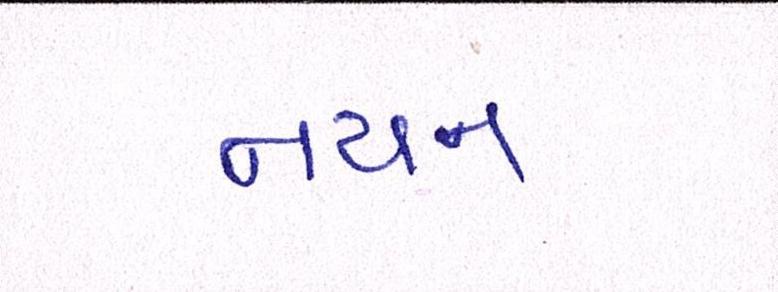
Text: નયન